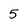
Character: 5